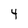
Character: 4